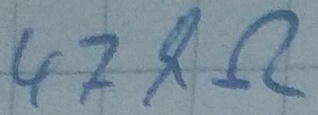
Text: 47kΩ